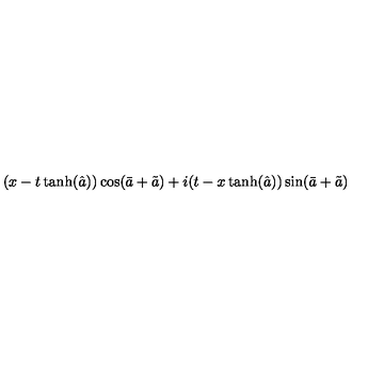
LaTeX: ( x - t \tanh ( \hat { a } ) ) \cos ( \bar { a } + \tilde { a } ) + i ( t - x \tanh ( \hat { a } ) ) \sin ( \bar { a } + \tilde { a } )